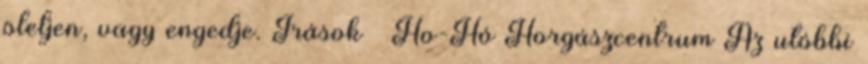
öleljen, vagy engedje. Írások – Ho-Hó Horgászcentrum Az utóbbi